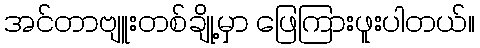
အင်တာဗျူးတစ်ချို့မှာ ဖြေကြားဖူးပါတယ်။